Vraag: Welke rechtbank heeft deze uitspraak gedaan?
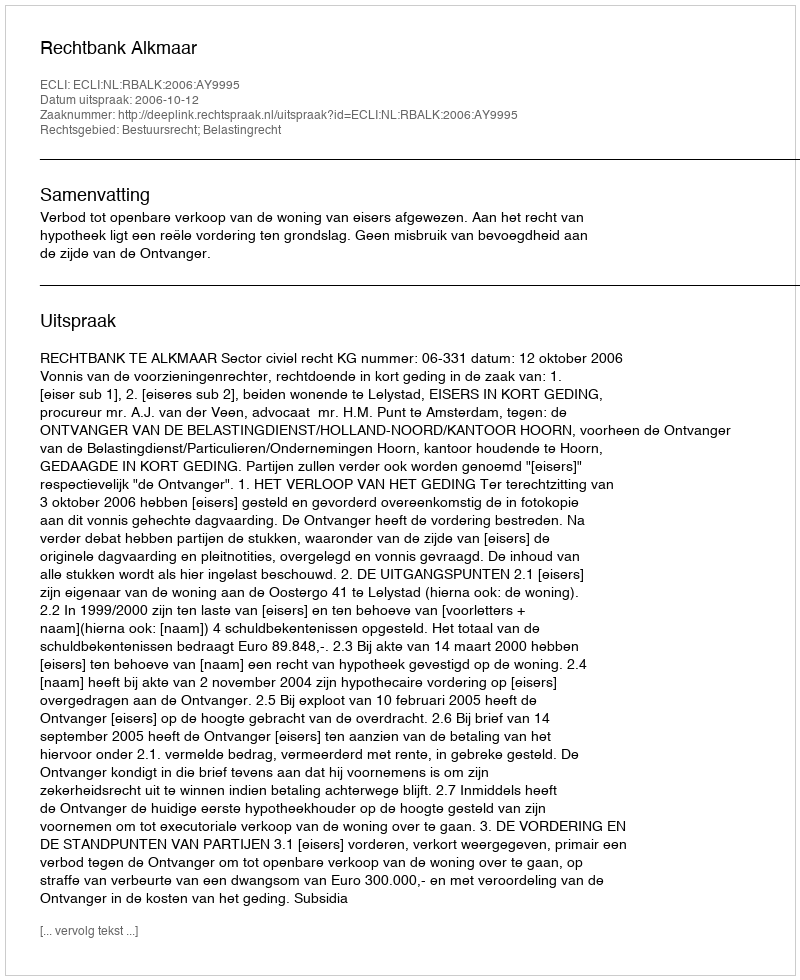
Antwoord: Rechtbank Alkmaar